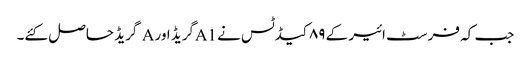
جب کہ فرسٹ ائیر کے ۸۹کیڈٹس نے A1گریڈ اور A گریڈ حاصل کئے۔